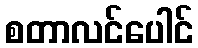
စတာလင်ပေါင်